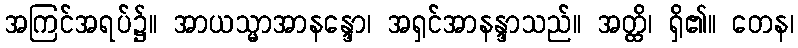
အကြင်အရပ်၌။ အာယသ္မာအာနန္ဒော၊ အရှင်အာနန္ဒာသည်။ အတ္ထိ၊ ရှိ၏။ တေန၊